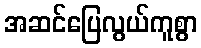
အဆင်ပြေလွယ်ကူစွာ